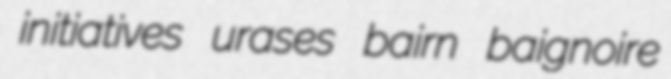
initiatives urases bairn baignoire